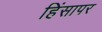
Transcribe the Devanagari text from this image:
हिंसापर